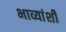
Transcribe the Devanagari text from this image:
भाव्यांशी